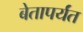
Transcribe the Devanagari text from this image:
बेतापर्यंत